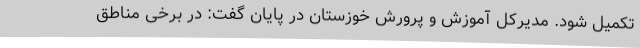
تکمیل شود. مدیرکل آموزش و پرورش خوزستان در پایان گفت: در برخی مناطق